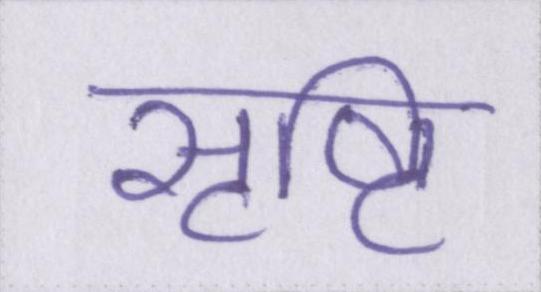
सृष्टि